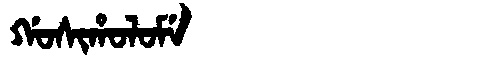
Manchu: ᡤᠣᠰᡳᡥᠣᠯᠣᠮᡝ
Romanization: GOSIHOLOME